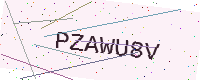
Text: PZAWU8V